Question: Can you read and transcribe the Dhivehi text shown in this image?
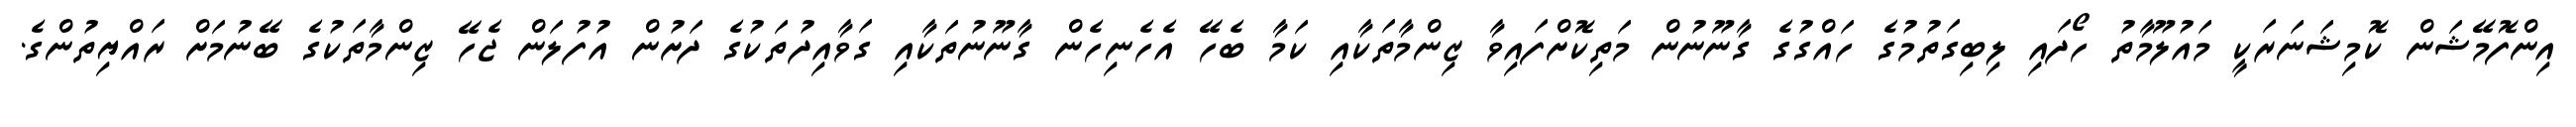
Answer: އިންފޮމޭޝަން ކޮމިޝަނަރަކީ މައުލޫމާތު ހޯދައި ލިބިގަތުމުގެ ހައްގުގެ ގާނޫނުން މަތިކޮށްފައިވާ ޒިންމާތަކާއި ކަމާ ބެހޭ އެހެނިހެން ގާނޫނުތަކާއި ގަވާއިދުތަކުގެ ދަށުން އުފުލަން ޖެހޭ ޒިންމާތަކުގެ ބޭނުމަށް ރައްޔިތުންގެ.